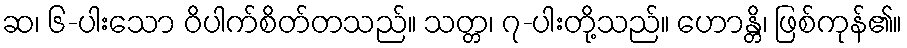
ဆ၊ ၆-ပါးသော ဝိပါက်စိတ်တသည်။ သတ္တ၊ ၇-ပါးတို့သည်။ ဟောန္တိ၊ ဖြစ်ကုန်၏။